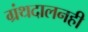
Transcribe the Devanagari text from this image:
ग्रंथदालनही